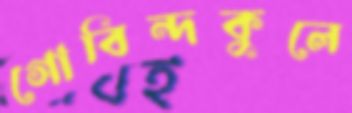
গোবিন্দকুলে